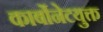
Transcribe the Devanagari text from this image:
कार्बोनेटयुक्त